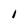
Character: 1